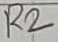
Text: R2